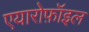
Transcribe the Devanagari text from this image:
एयारोफ़ॉइल